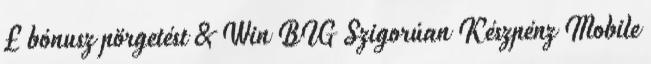
£ bónusz pörgetést & Win BIG Szigorúan Készpénz Mobile